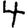
Digit: 4